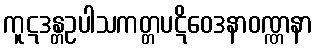
ကူဋဒန္တဥပါသကတ္တပဋိဝေဒနာဝဏ္ဏနာ